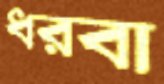
ধরবা